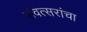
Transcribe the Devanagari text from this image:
संवत्सरांचा